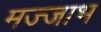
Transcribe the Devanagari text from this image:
मज्जाभ